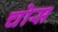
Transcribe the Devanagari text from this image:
चोस